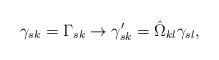
\begin{align*}\gamma_{sk} = \Gamma_{sk} \rightarrow \gamma_{sk}^\prime = \hat{\Omega}_{kl} \gamma_{sl} ,\end{align*}